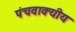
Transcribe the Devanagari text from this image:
पंचवाक्यीय